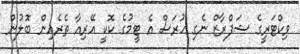
ވިކްޓަރީގެ ޝަފްރާޒް ނެގި ހުރަސް އެ ޓީމުގެ ކޮކީ އޭރިއާ ތެރެއިން ބޮލުން